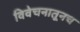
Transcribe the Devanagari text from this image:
विवेचनातूनच